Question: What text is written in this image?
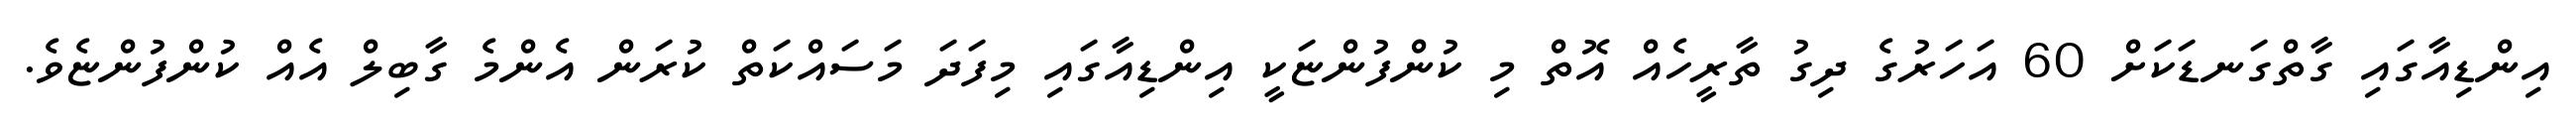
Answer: އިންޑިއާގައި ގާތްގަނޑަކަށް 60 އަހަރުގެ ދިގު ތާރީހެއް އޮތް މި ކުންފުންޏަކީ އިންޑިއާގައި މިފަދަ މަސައްކަތް ކުރަން އެންމެ ގާބިލް އެއް ކުންފުންޏެވެ.